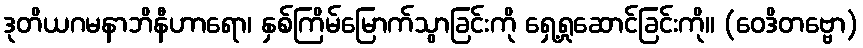
ဒုတိယဂမနာဘိနီဟာရော၊ နှစ်ကြိမ်မြောက်သွာခြင်းကို ရှေ့ရှုဆောင်ခြင်းကို။ (ဝေဒိတဗ္ဗော)